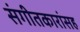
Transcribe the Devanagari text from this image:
संगीतकारांसह